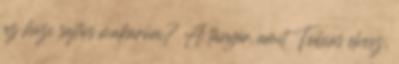
az házi sajtos makaróni? A tányér, amit Tobias elvesz,